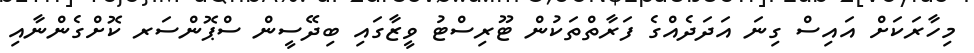
މިހާރަކަށް އައިސް ގިނަ އަދަދެއްގެ ފަރާތްތަކުން ޓޫރިސްޓު ވީޒާގައި ބިދޭސީން ސްޕޮންސަރ ކޮށްގެންނާއި